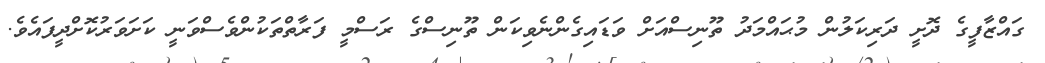
ގައްޒާފީގެ ދޮށީ ދަރިކަލުން މުޙައްމަދު ތޫނިސްއަށް ވަޑައިގެންނެވިކަން ތޫނިސްގެ ރަސްމީ ފަރާތްތަކުންވެސްވަނީ ކަށަވަރުކޮށްދީފައެވެ.